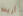
أريده